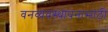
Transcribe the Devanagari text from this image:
वनव्यवस्थापनासाठी